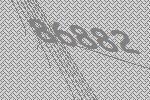
86882